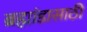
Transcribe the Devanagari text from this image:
ब्रह्मांडासाठी